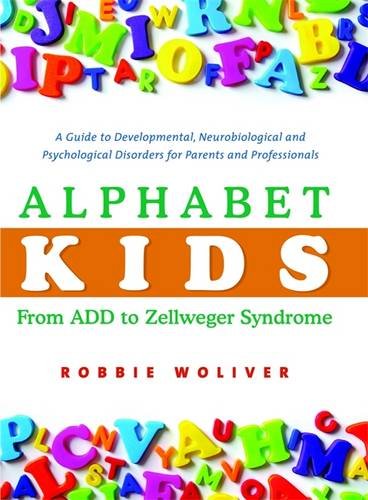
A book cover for Alphabet Kids - From ADD to Zellweger Syndrome: A Guide to Developmental, Neurobiological and Psychological Disorders for Parents and Professionals; Robbie Woliver; Health, Fitness & Dieting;